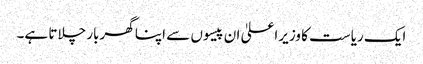
ایک ریاست کا وزیراعلیٰ ان پیسوں سے اپنا گھربار چلاتا ہے۔